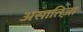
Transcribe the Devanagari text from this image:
असातिज़ा